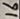
Text: 16